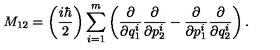
M _ { 1 2 } = \left( \frac { i \hbar } { 2 } \right) \sum _ { i = 1 } ^ { m } \left( \frac { \partial } { \partial q _ { 1 } ^ { i } } \frac { \partial } { \partial p _ { 2 } ^ { i } } - \frac { \partial } { \partial p _ { 1 } ^ { i } } \frac { \partial } { \partial q _ { 2 } ^ { i } } \right) .